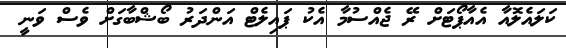
ކަލައެލޮއާ އެއާޕޯޓަށް ރޭ ޖެއްސުމާ އެކު ޕައިލެޓް އަންދަރު ބޯޝްބާގަށް ވެސް ވަނީ